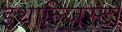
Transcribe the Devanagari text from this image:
इथाल्जिस्टों